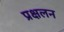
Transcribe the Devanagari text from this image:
प्रक्षलन